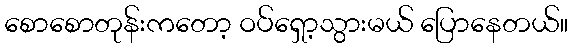
စောစောတုန်းကတော့ ဝပ်ရှော့သွားမယ် ပြောနေတယ်။